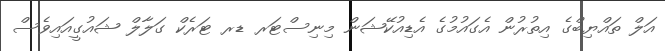
އަލް ތައްޔިބްގެ އިތުރުން އެގައުމުގެ އެޑިއުކޭޝަން މިނިސްޓަރ ޑރ ޓަރެކް ގަލާލް ޝައުގީއައިވެސް